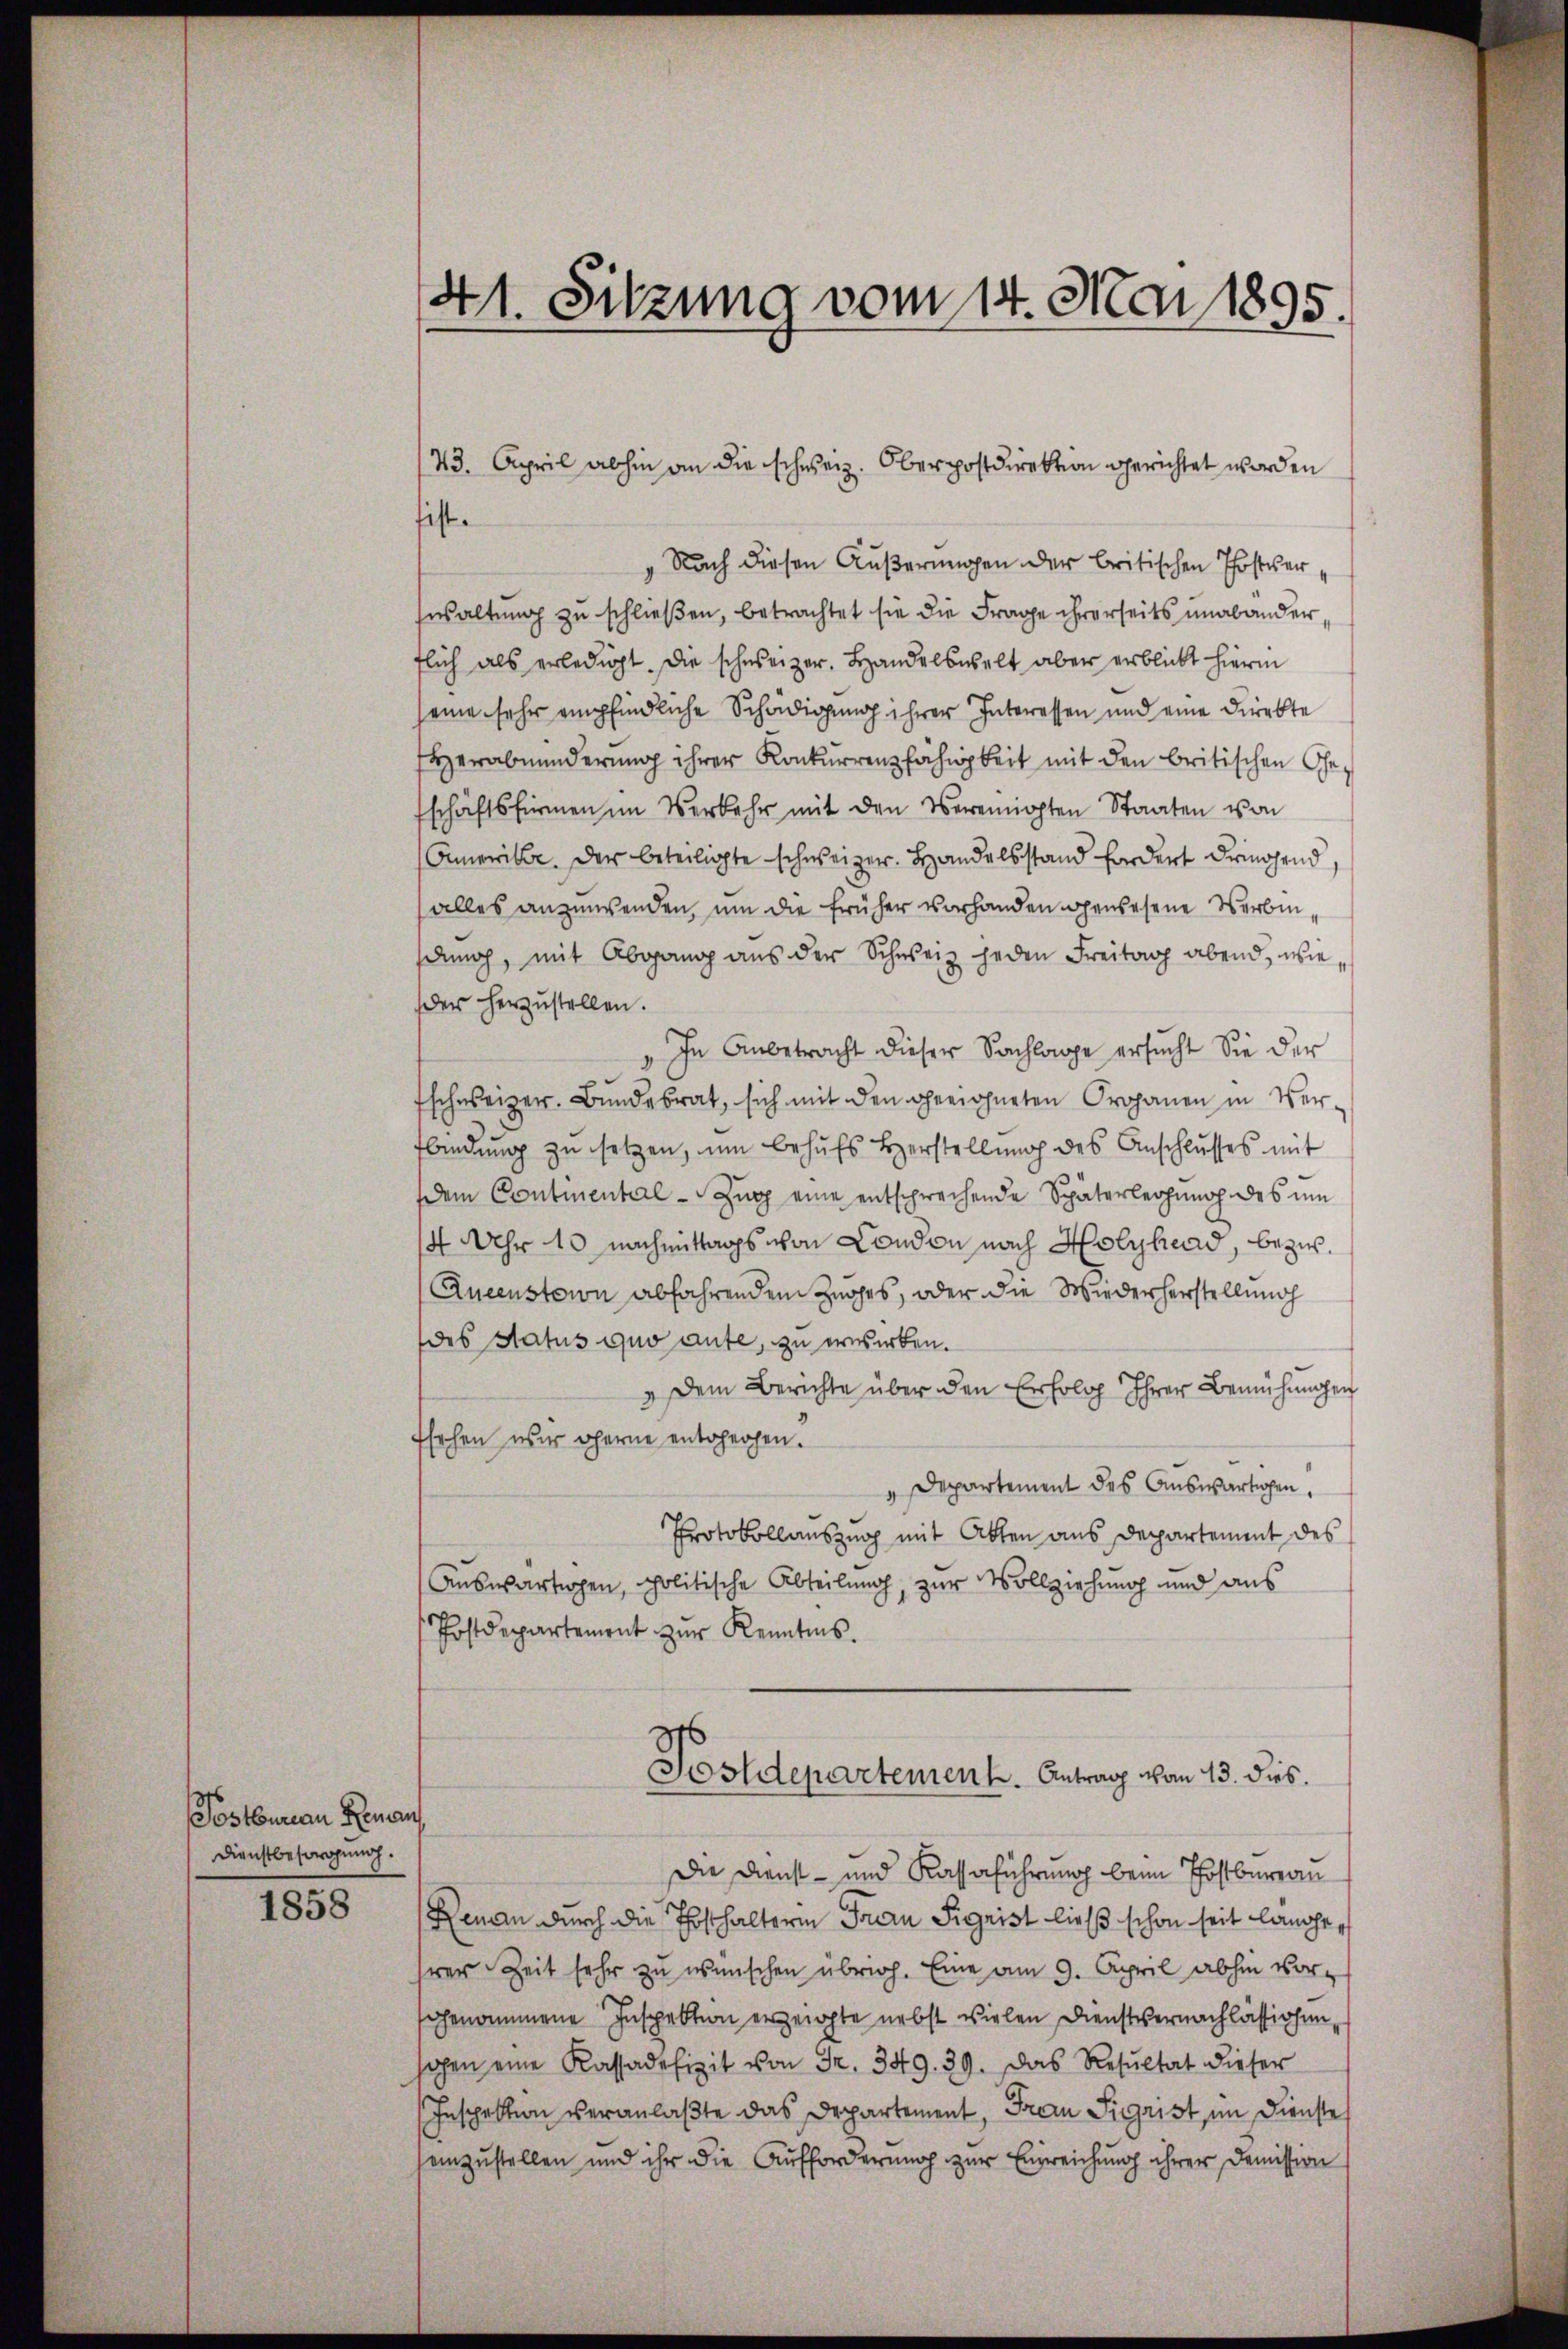
Postbureau Renau
Dienstbesorgung.

1858

41. Sitzung vom 14. Mai 1895.

43. April abhin an die schweiz. Oberpostdirektion gerichtet worden
fist.
Nach diesen Äußerungen der britischen Postver,
waltung zu schließen, betrachtet sie die Frage ihrerseits unabänder
flich als erledigt. Die schweizer. Handelswelt aber erblickt hierin
seine sehr empfindliche Schädigung ihrer Interessen und eine Direkte
Herabminderung ihrer Konkurrenzfähigkeit mit den britischen Geschäftsfürmen im Verkehr mit den Vereinigten Staaten von
Amerike. Der beteiligte schweizer. Handelsstand fordert dringend,
alles anzuwenden, um die früher vorhanden gewesene Verbin,
dung, mit Abgang aus der Schweiz jeden Freitag abend, wieder herzustellen.
In Anbetracht dieser Sachlage ersucht Sie der
fschweizer. Bŭndesrat, sich mit den geeichneten Prohanen in Ver-
fbindung zu setzen, um behufs Herstellung des Anschlusses mit
dem Contiental-Zupp eine entsprechende Späterlegung des um
4 Uhr 10 Nachmittags von London nach Holyhead, bezw.
Queenstein abfahrendem Zuges, oder die Wiederherstellung
des Status quo aute, zu erwerben.
" dem Berichte über den Erfolg Ihrer Bemühungen
Ehehen wir oherne entgehen.
" Departement des Auswärtigen.
Protokollauszug mit Akten aus Departement des
Auswärtigen, politische Abteilung, zur Vollziehung und aus
Postdepartement zŭr Kenntnis.
Postdepartement. Antrag von 13. dies
Die Dienst- und Kassaführung beim Postbureau
Renau durch die Thosthalterin Frau Sigrist ließ schon seit langen
hrer Zeit sehr zu wünschen übrig. Eine am 9. April abhin vorsgenommene Inspektion erzeigte nebst vielen Dienstvernachlässigunhohen eine Kassadefizit von Fr. 349. 39. Das Resŭltat dieser
Inspektion veranlaßte das Departement, Frau Sigrist, im Dienste
einzustellen und ihr die Aufforderung zŭr Einreichung ihrer Demission